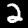
Label: 2